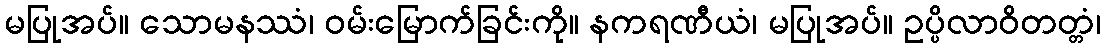
မပြုအပ်။ သောမနဿံ၊ ဝမ်းမြောက်ခြင်းကို။ နကရဏီယံ၊ မပြုအပ်။ ဥပ္ပိလာဝိတတ္တံ၊